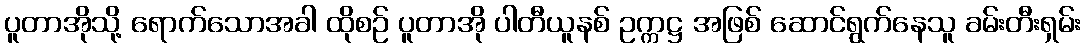
ပူတာအိုသို့ ရောက်သောအခါ ထိုစဉ် ပူတာအို ပါတီယူနစ် ဥက္ကဋ္ဌ အဖြစ် ဆောင်ရွက်နေသူ ခမ်းတီးရှမ်း